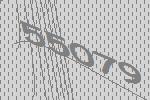
55079